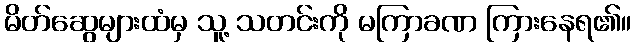
မိတ်ဆွေများထံမှ သူ့ သတင်းကို မကြာခဏ ကြားနေရ၏။